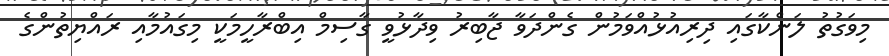
މިވަގުތު ލަންކާގައި ދިރިއުޅުއްވަމުން ގެންދަވާ ޖާބިރު ވިދާޅުވީ ގާސިމް އިބްރާހީމަކީ މިގައުމާއި ރައްޔިތުންގެ